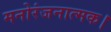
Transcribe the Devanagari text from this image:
मनोरंजनात्मक।